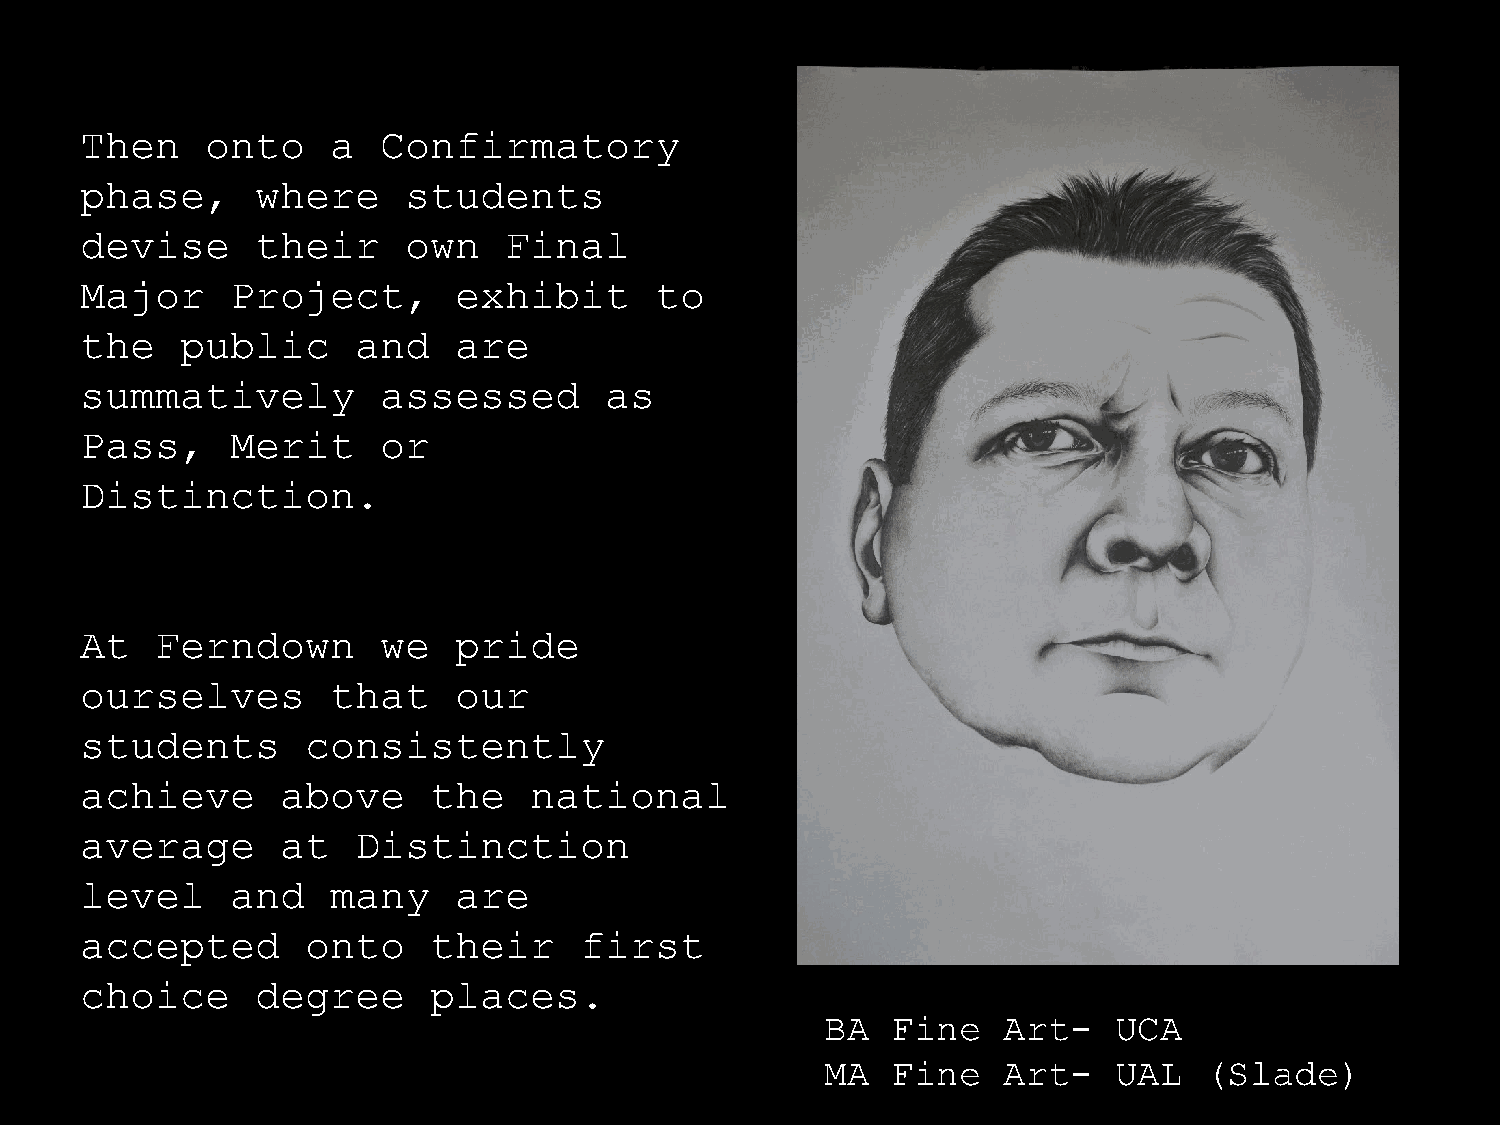
Then     onto    a  Confirmatory
 phase,      where     students
 devise      their     own   Final
 Major     Project,       exhibit      to
 the    public      and   are
 summatively         assessed       as
 Pass,     Merit     or
 Distinction.
 At   Ferndown       we   pride
 ourselves        that    our
 students       consistently
 achieve       above    the    national
 average       at   Distinction
 level     and    many    are
 accepted       onto    their     first
 choice      degree     places.
 BA  Fine   Art-    UCA
 MA  Fine   Art-    UAL   (Slade)